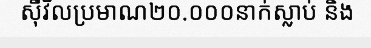
ស៊ីវិលប្រមាណ២០.០០០នាក់ស្លាប់ និង